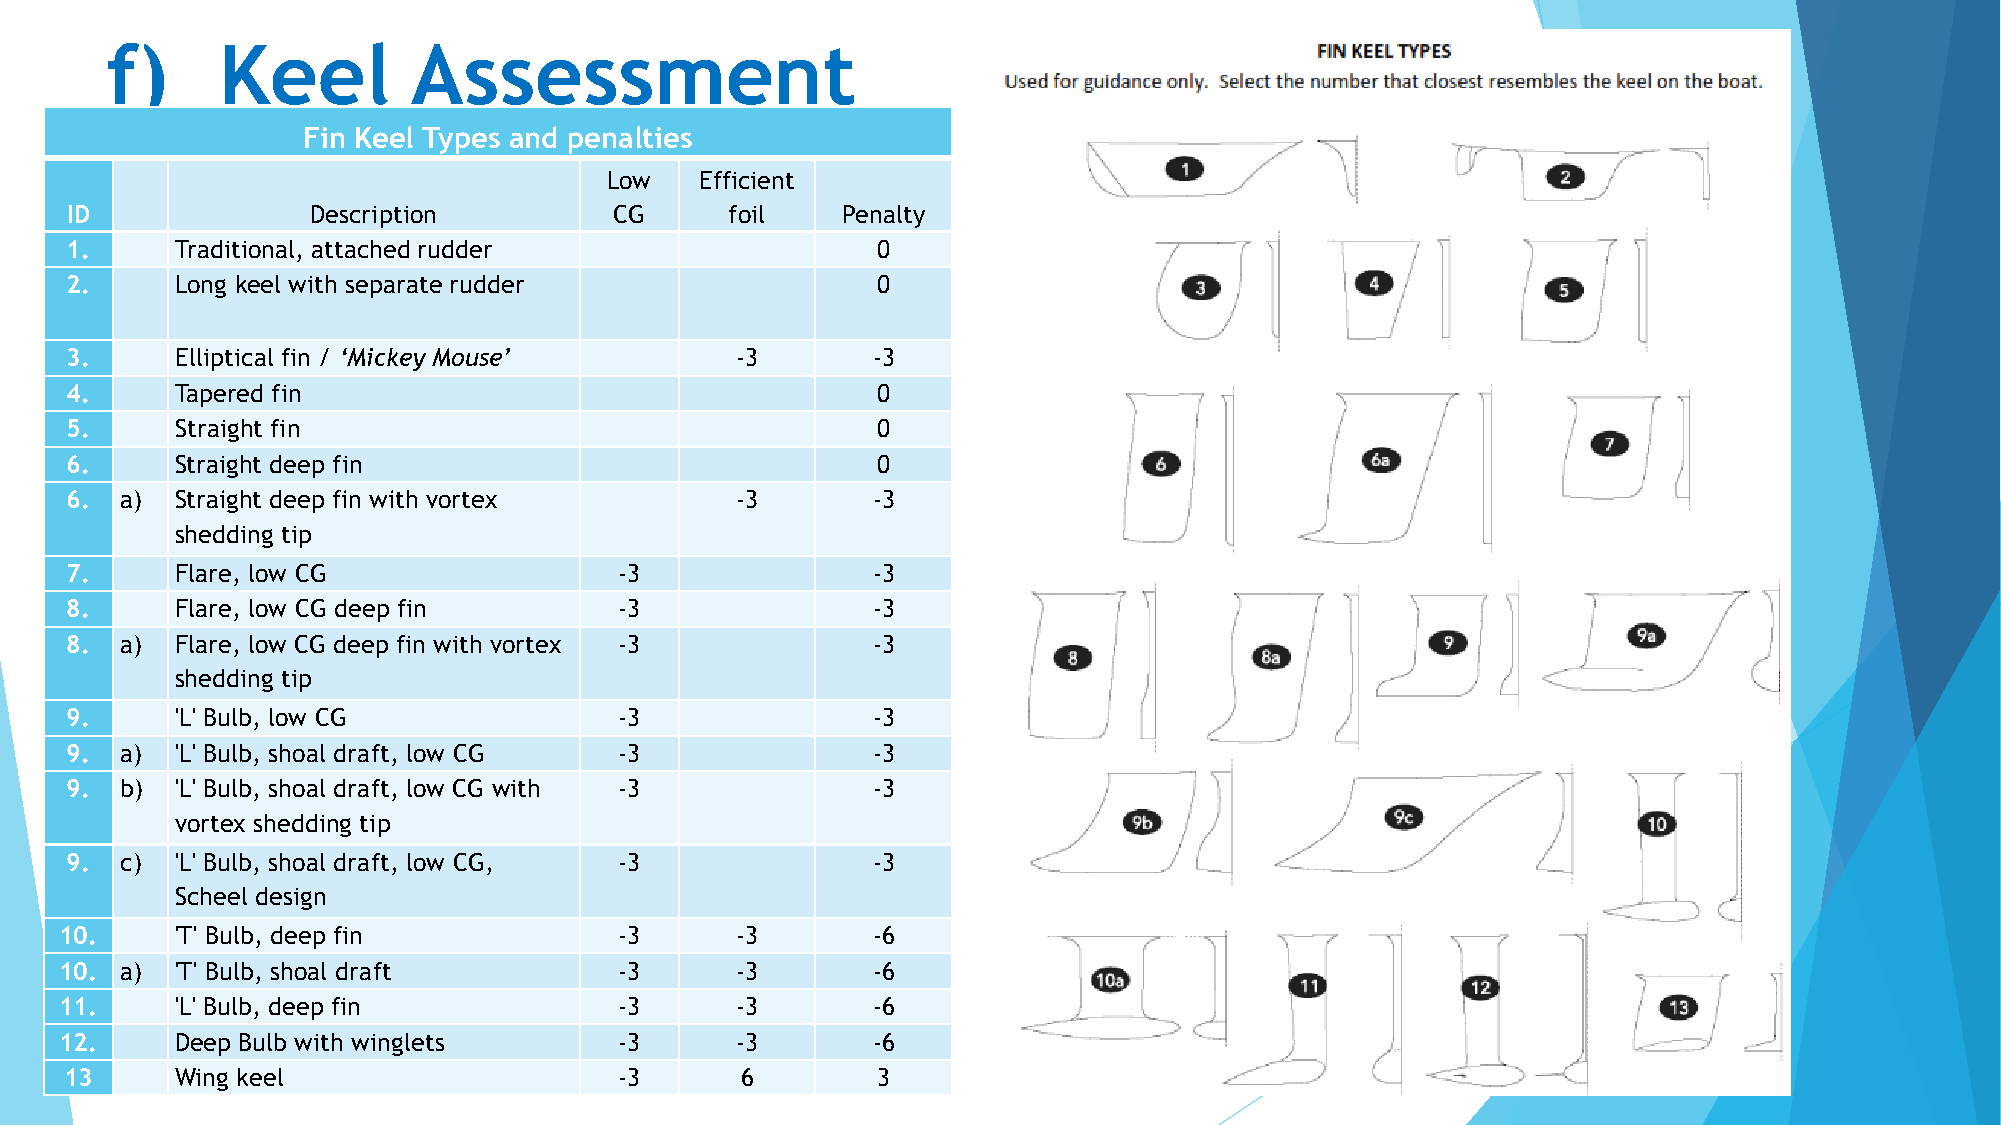
f)     Keel         Assessment
 Fin Keel Types and penalties
 Low   Efficient
 ID               Description         CG     foil    Penalty
 1.      Traditional, attached rudder                  0
 2.      Long keel with separate rudder                0
 3.      Elliptical fin / ‘Mickey Mouse’      -3       -3
 4.      Tapered fin                                   0
 5.      Straight fin                                  0
 6.      Straight deep fin                             0
 6.  a)  Straight deep fin with vortex        -3       -3
 shedding tip
 7.      Flare, low CG                -3               -3
 8.      Flare, low CG deep fin       -3               -3
 8.  a)  Flare, low CG deep fin with vortex -3         -3
 shedding tip
 9.      'L' Bulb, low CG             -3               -3
 9.  a)  'L' Bulb, shoal draft, low CG -3              -3
 9.  b)  'L' Bulb, shoal draft, low CG with -3         -3
 vortex shedding tip
 9.  c)  'L' Bulb, shoal draft, low CG, -3             -3
 Scheel design
 10.     'T' Bulb, deep fin           -3      -3       -6
 10. a)  'T' Bulb, shoal draft        -3      -3       -6
 11.     'L' Bulb, deep fin           -3      -3       -6
 12.     Deep Bulb with winglets      -3      -3       -6
 13      Wing keel                    -3      6        3